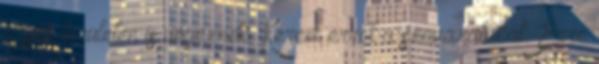
egyéb területen is végeznek. Kérem erről a szavazatukat. Erre